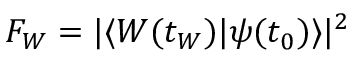
F _ { W } = \vert \langle W ( t _ { W } ) \vert \psi ( t _ { 0 } ) \rangle \vert ^ { 2 }